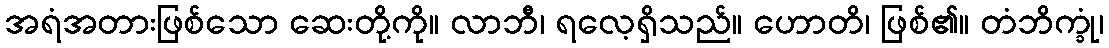
အရံအတားဖြစ်သော ဆေးတို့ကို။ လာဘီ၊ ရလေ့ရှိသည်။ ဟောတိ၊ ဖြစ်၏။ တံဘိက္ခုံ၊